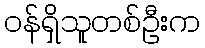
ဝန်ရှိသူတစ်ဦးက